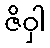
ဇိဝှါ